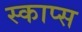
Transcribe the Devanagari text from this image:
स्काप्स